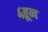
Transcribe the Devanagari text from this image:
४हून